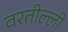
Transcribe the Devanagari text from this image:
वरतील्ली